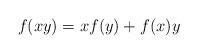
LaTeX: \begin{align*} f(xy)=xf(y)+f(x)y \end{align*}